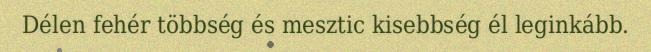
Délen fehér többség és mesztic kisebbség él leginkább.